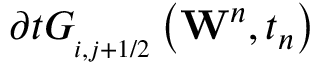
\partial t G _ { _ { i , j + 1 / 2 } } ^ { { } } \left( { { \mathbf { W } } ^ { n } } , { { t } _ { n } } \right)